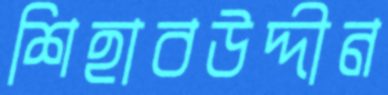
শিহাবউদ্দীন